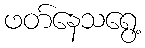
ဖတ်နေသရွေ့